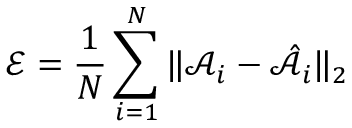
\mathcal { E } = \frac { 1 } { N } \sum _ { i = 1 } ^ { N } \| \mathcal { A } _ { i } - \mathcal { \hat { A } } _ { i } \| _ { 2 }